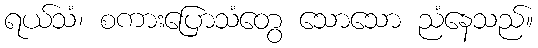
ရယ်သံ၊ စကားပြောသံတွေ သောသော ညံနေသည်။